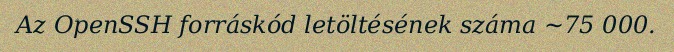
Az OpenSSH forráskód letöltésének száma ~75 000.